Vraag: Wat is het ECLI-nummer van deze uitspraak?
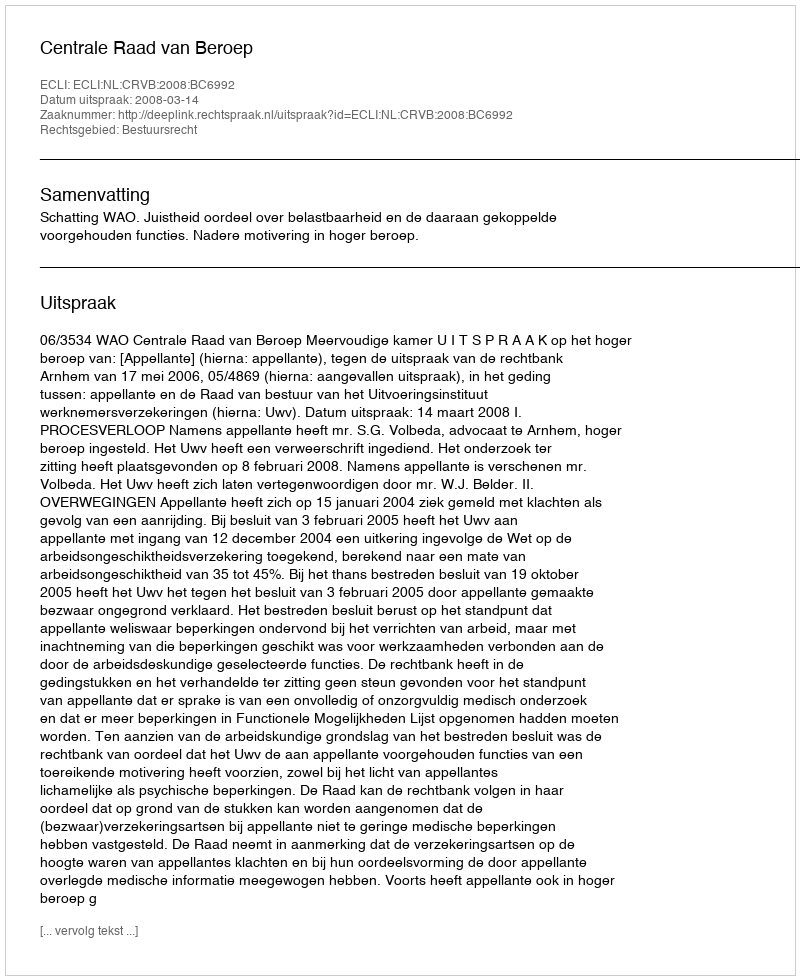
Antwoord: ECLI:NL:CRVB:2008:BC6992